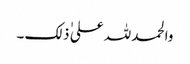
والحمد للہ علی ٰ ذلک ۔